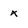
Character: x